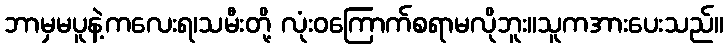
ဘာမှမပူနဲ့ကလေးရ၊သမီးတို့ လုံးဝကြောက်စရာမလိုဘူး။သူကအားပေးသည်။